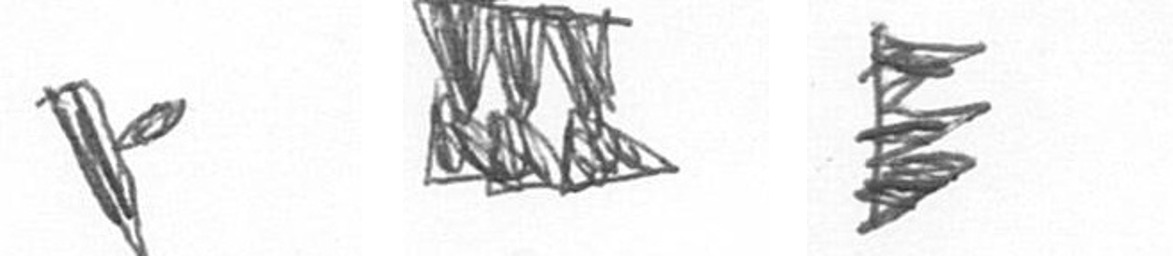
F D H